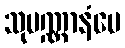
သုပဏ္ဏာနံပေ